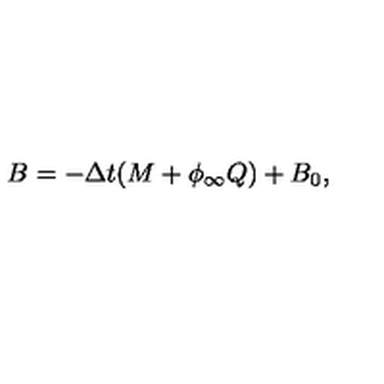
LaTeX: B = - \Delta t ( M + \phi _ { \infty } Q ) + B _ { 0 } ,